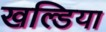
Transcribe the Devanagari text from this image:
खल्डिया